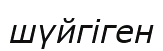
шүйгіген